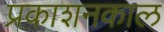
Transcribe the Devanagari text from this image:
प्रकाशनकाल